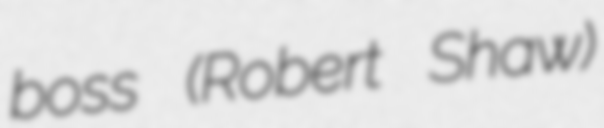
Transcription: boss (Robert Shaw)